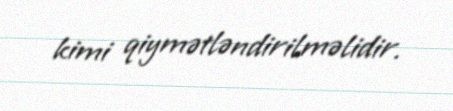
kimi qiymətləndirilməlidir.